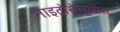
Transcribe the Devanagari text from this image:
नाइट्रोसेलूलोस